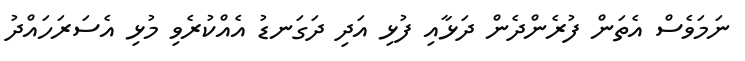
ނަމަވެސް އެތަން ފުރެންދެން ދަޅާއި ފުޅި އަދި ދަގަނޑު އެއްކުރެވި މުޅި އެސަރަހައްދު